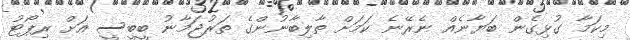
މިކަމާ ގުޅިގެން ބަޔާނެއް ނެރޭނެ ކަމަށް ތާލިބާނުންގެ ތަރުޖަމާނު ބީބީސީ އަށް ރިޕޯޓު